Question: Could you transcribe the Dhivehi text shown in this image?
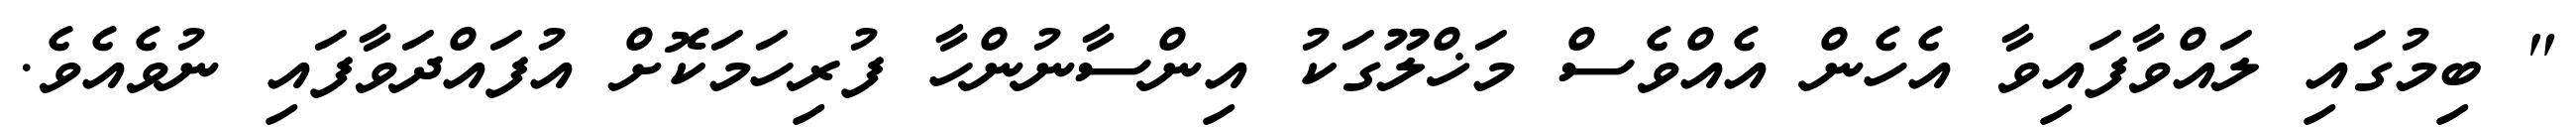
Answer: " ބިމުގައި ލައްވާފައިވާ އެހެން އެއްވެސް މަޚްލޫގަކު އިންސާނުންހާ ފުރިހަމަކޮށް އުފައްދަވާފައި ނުވެއެވެ.